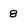
Character: 8